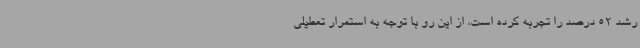
رشد 52 درصد را تجربه کرده است، از این رو با توجه به استمرار تعطیلی